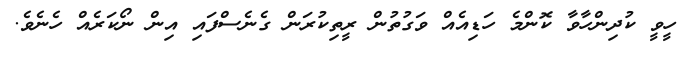
ހީވީ ކުދިންހާވާ ކޮންމެ ހަޑިއެއް ވަގުތުން ރީތިކުރަން ގެނެސްފައި އިން ނޯކަރެއް ހެނެވެ.